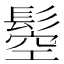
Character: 𩭴